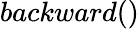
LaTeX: backward()